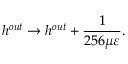
h ^ { o u t } \rightarrow h ^ { o u t } + \frac { 1 } { 2 5 6 \mu \varepsilon } .